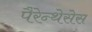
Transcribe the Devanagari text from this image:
पैरेन्थेसेस